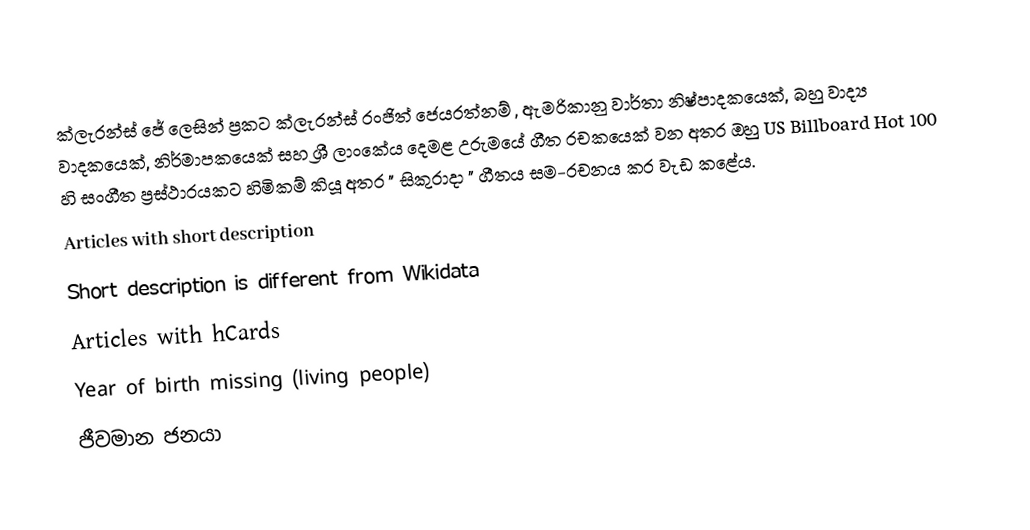
ක්ලැරන්ස් ජේ ලෙසින් ප්‍රකට ක්ලැරන්ස් රංජිත් ජෙයරත්නම් , ඇමරිකානු වාර්තා නිෂ්පාදකයෙක්, බහු වාද්‍ය වාදකයෙක්, නිර්මාපකයෙක් සහ ශ්‍රී ලාංකේය දෙමළ උරුමයේ ගීත රචකයෙක් වන අතර ඔහු US Billboard Hot 100 හි සංගීත ප්‍රස්ථාරයකට හිමිකම් කියූ අතර " සිකුරාදා " ගීතය සම-රචනය කර වැඩ කළේය.
Articles with short description
Short description is different from Wikidata
Articles with hCards
Year of birth missing (living people)
ජීවමාන ජනයා